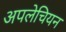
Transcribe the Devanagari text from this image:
अपलेचियन